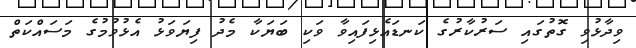
ވިދާޅުވި ގޮތުގައި ސަރުކާރުގެ ކަނޑައެޅިފައިވާ ވަކި ބަޔަކާ މެދު ފިޔަވަޅު އެޅުވުމުގެ މަސައްކަތް